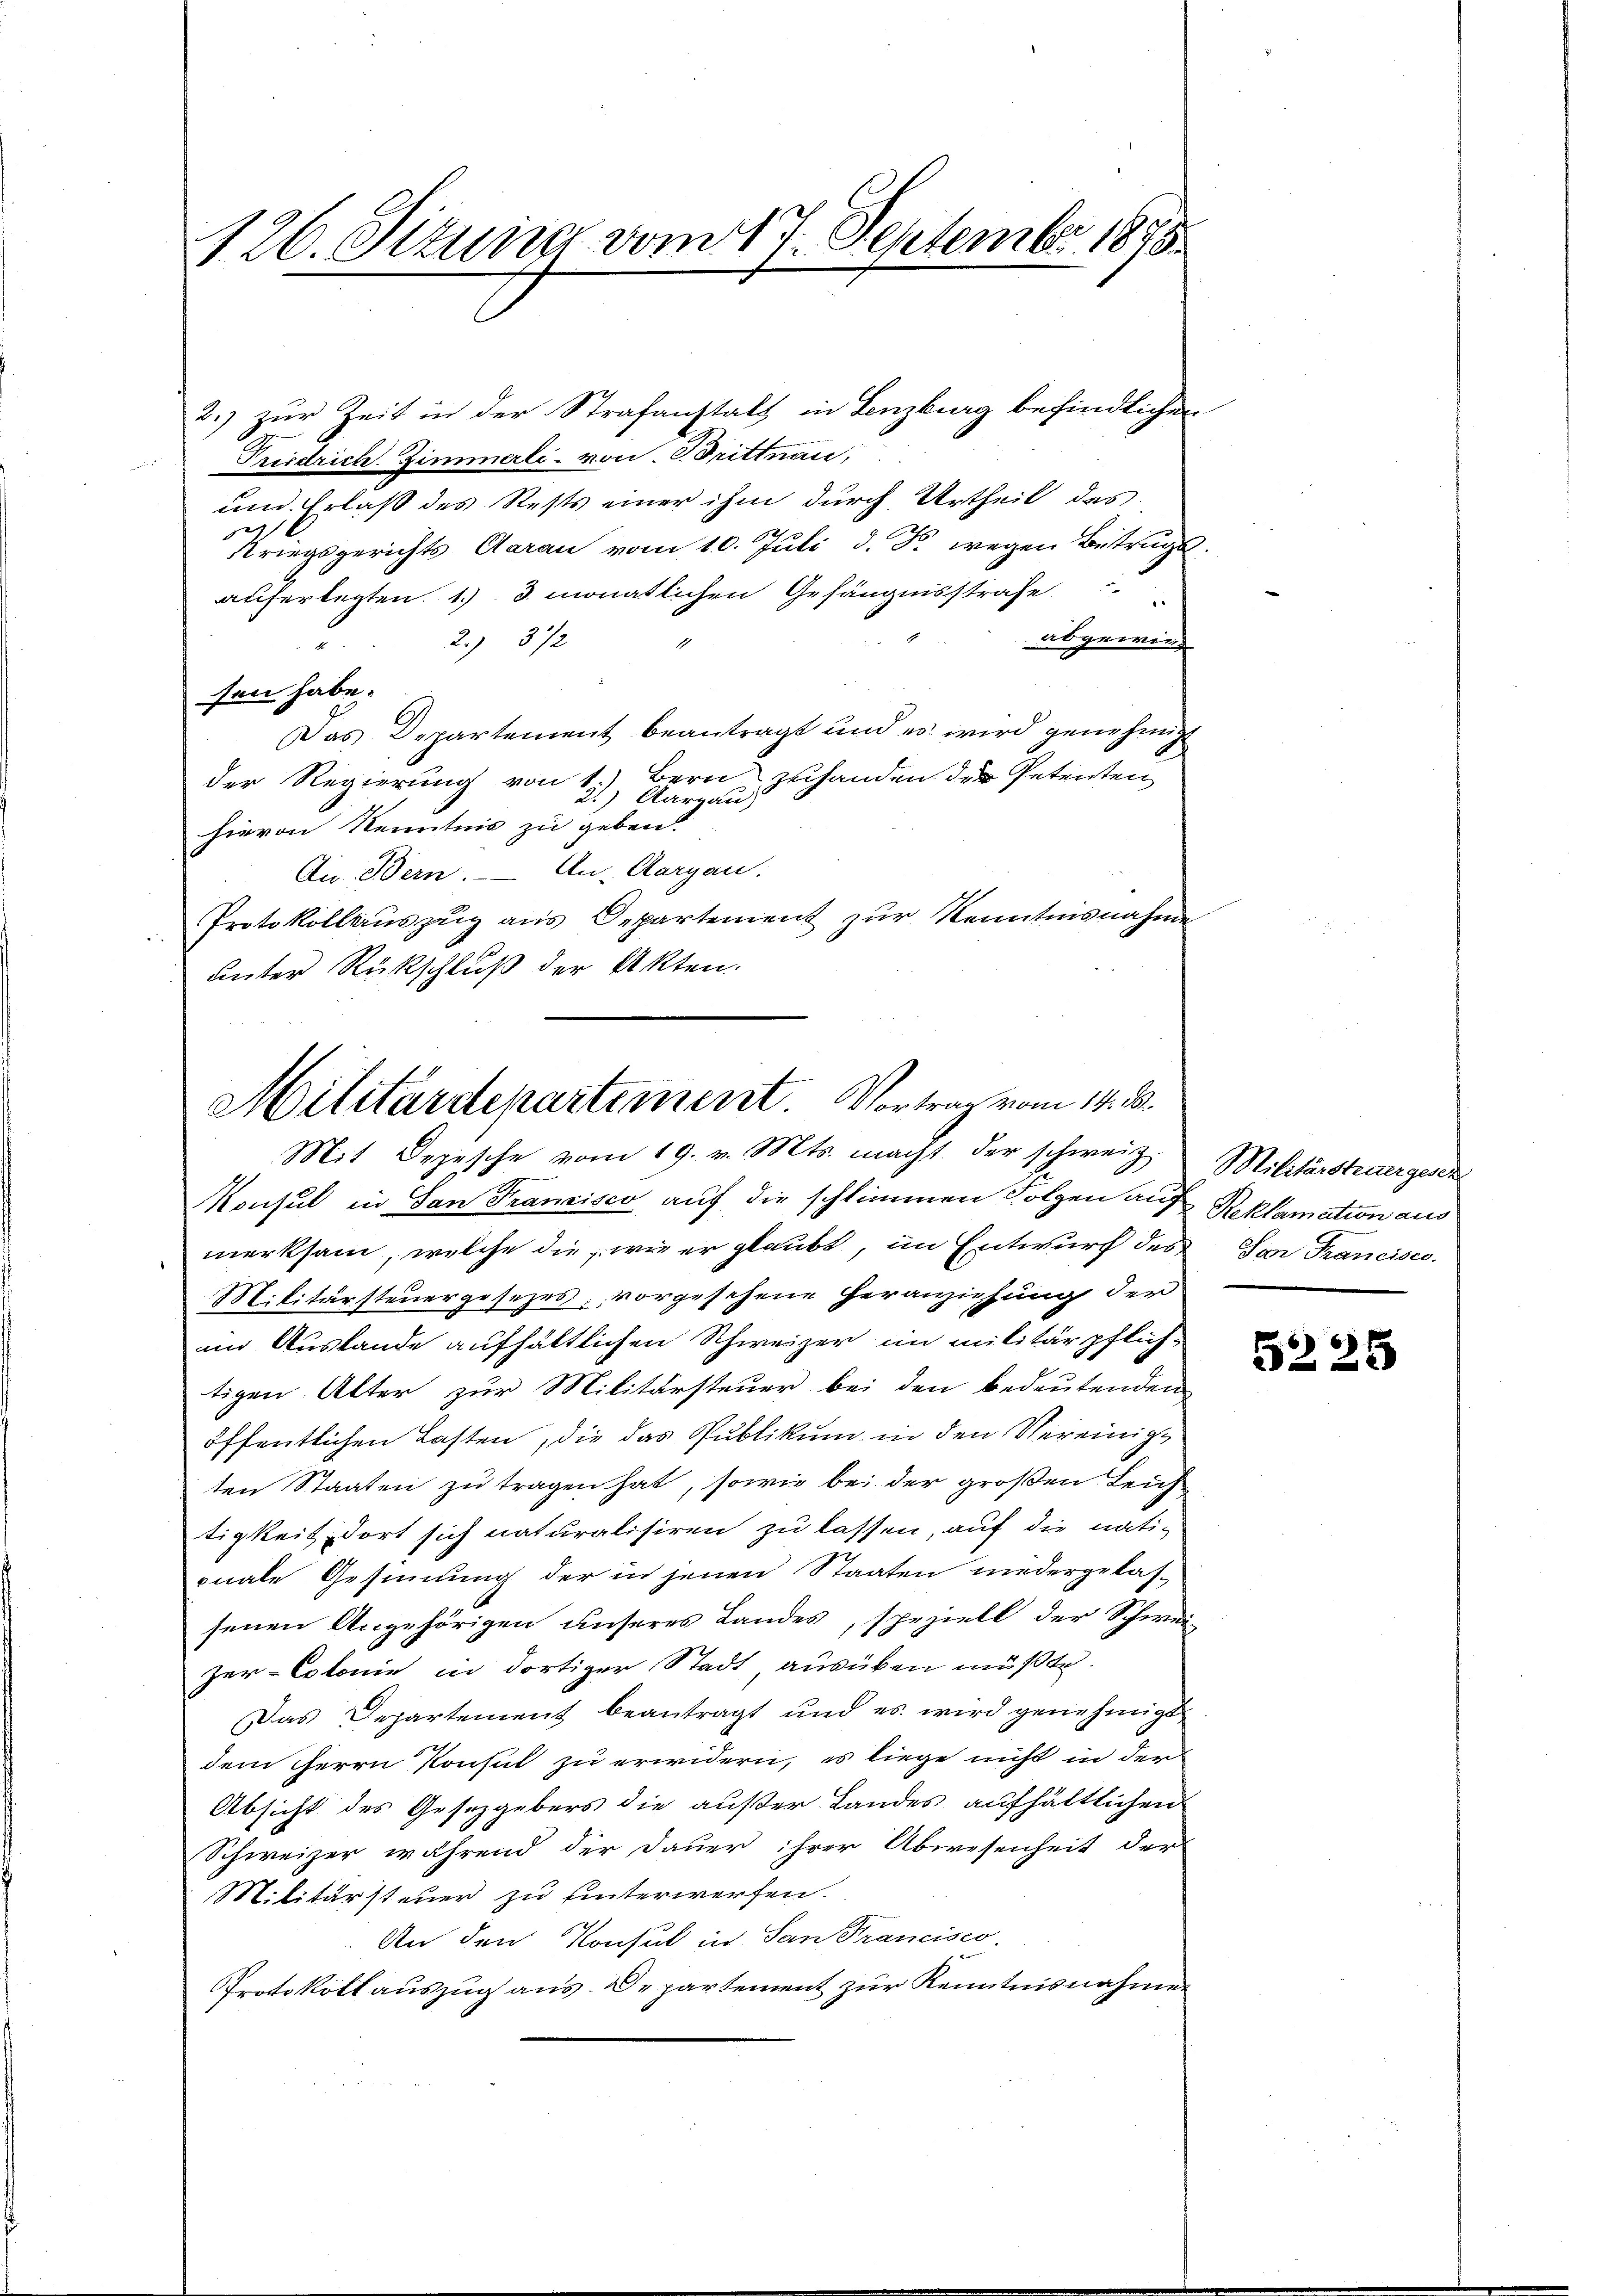
126. Setzung vom 17. September 1875

2.) zur Zeit in der Strafanstalt in Lenzburg befindlichen
Triedrich. Zimmerli von Drittnau,
und Erlaß des Rests einer ihm durch Urtheil des
29
Kriegsgerichts Aarau vom 10. Juli d. J. wegen Betrugsauferlegten 1. 3. monatlichen Gefängnisstrafe
abgewies
2) 372
sen habe.
Das Departement beantragt und es wird genehmige
der Regierung von 1.) Bern zuhanden der Petenten
) Aargau,
hievon Kenntnis zu geben.
Au Bern. An Aargau.
Protokollauszug aus Departement zur Kenntnisnahme
unter Rückschluß der Akten.

Militärdepartement. Vortrag vom 14. d.
Mit Depesche vom 19. v. Mts. macht der schweiz.

Konsul in San Franzisco auf die schlimmen Folgen auf Reklamation aus
merksam, welche die wie er glaubt, im Entwurf des Vor Trancisco
Militärsteuergesezes vorgesehene Heranziehung der
im Austande aufhältlichen Schweizer im militärpflichtigen. Alter zur Militärsteuer bei den bedeutenden
öffentlichen Lasten, die das Publikum in den Vereinige
ten Staaten zu tragen hat, sowie bei der großen Leich
tigkeit dort sich naturalisiren zu lassen, auf die nati-
onale Gesinnung der in jenen Staaten niedergelassenen Angehörigen unseres Landes, speziell der Schwei¬
Zur-Colonie in dortiger Stadt, ausüben müßte.
Das Departement beantragt und es wird genehmigt.
dem Herrn Konsul zu erwidern, es liege nicht in der
Absicht des Gesetzgebers die außer Landes aufhältlichen
Schweizer während der Dauer ihrer Abwesenheit der
Militärsteuer zu hinterwerfen.
An den Konsul in San Francisco
Protokoll auszug aus. Departement zur Kenntnisnahmen

Militärsteuergesez

5225